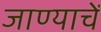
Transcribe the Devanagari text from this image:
जाण्याचें